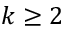
k \geq 2